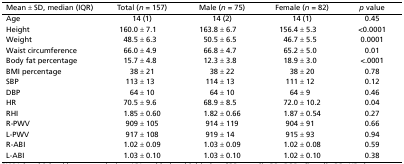
| Mean ± SD, median (IQR) | Total (n = 157) | Male (n = 75) | Female (n = 82) | p value |
 | --- | --- | --- | --- | --- |
 | Age | 14 (1) | 14 (2) | 14 (1) | 0.45 |
 | Height | 160.0 ± 7.1 | 163.8 ± 6.7 | 156.4 ± 5.3 | <0.0001 |
 | Weight | 48.5 ± 6.3 | 50.5 ± 6.5 | 46.7 ± 5.5 | 0.0001 |
 | Waist circumference | 66.0 ± 4.9 | 66.8 ± 4.7 | 65.2 ± 5.0 | 0.01 |
 | Body fat percentage | 15.7 ± 4.8 | 12.3 ± 3.8 | 18.9 ± 3.0 | <.0001 |
 | BMI percentage | 38 ± 21 | 38 ± 22 | 38 ± 20 | 0.78 |
 | SBP | 113 ± 13 | 114 ± 13 | 111 ± 12 | 0.12 |
 | DBP | 64 ± 10 | 64 ± 10 | 64 ± 9 | 0.46 |
 | HR | 70.5 ± 9.6 | 68.9 ± 8.5 | 72.0 ± 10.2 | 0.04 |
 | RHI | 1.85 ± 0.60 | 1.82 ± 0.66 | 1.87 ± 0.54 | 0.27 |
 | R-PWV | 909 ± 105 | 914 ± 119 | 904 ± 91 | 0.66 |
 | L-PWV | 917 ± 108 | 919 ± 14 | 915 ± 93 | 0.94 |
 | R-ABI | 1.02 ± 0.09 | 1.03 ± 0.09 | 1.02 ± 0.08 | 0.59 |
 | L-ABI | 1.03 ± 0.10 | 1.03 ± 0.10 | 1.02 ± 0.10 | 0.38 |